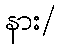
နား/